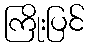
ကြိုးပြင်